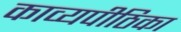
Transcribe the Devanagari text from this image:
काव्यपीठिका